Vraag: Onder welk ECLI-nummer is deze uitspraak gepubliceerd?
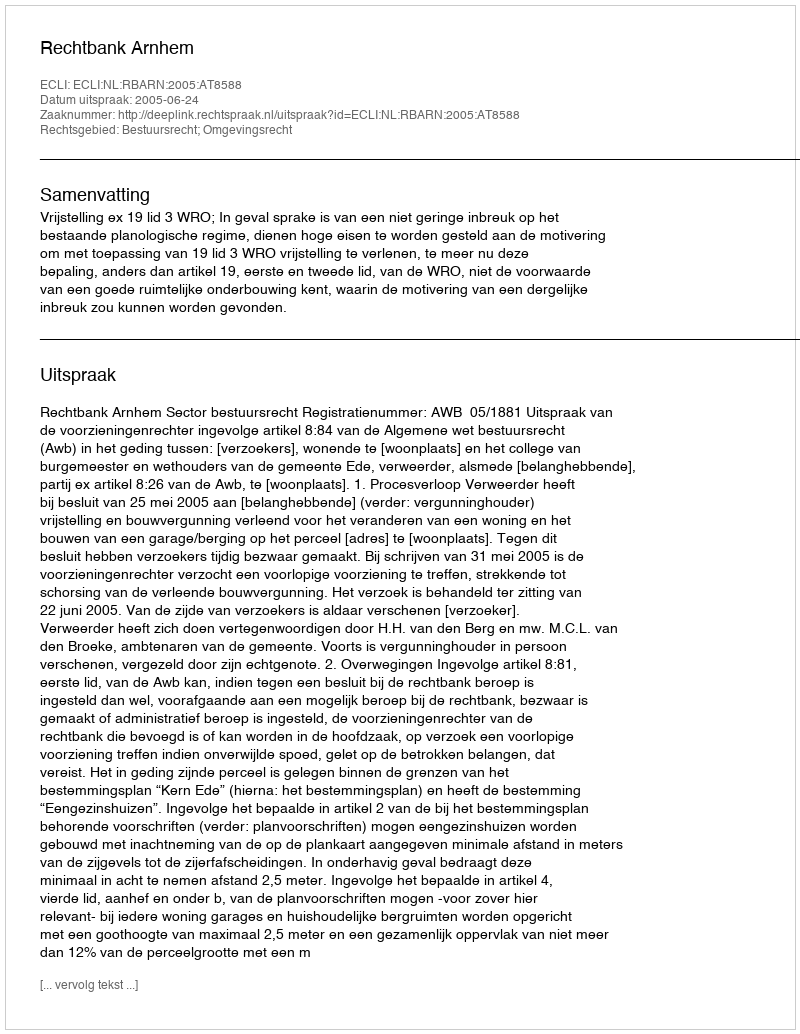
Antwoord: ECLI:NL:RBARN:2005:AT8588